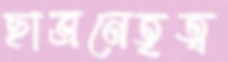
ছাত্রনেতৃত্ব